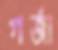
গর্‌জা